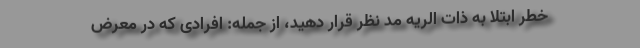
خطر ابتلا به ذات الریه مد نظر قرار دهید، از جمله: افرادی که در معرض